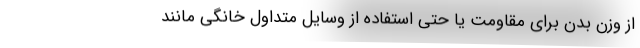
از وزن بدن برای مقاومت یا حتی استفاده از وسایل متداول خانگی مانند